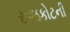
રાજકોટની